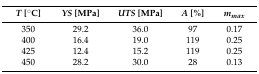
<table><thead><tr><td><b><i>T</i> [°C]</b></td><td><b><i>YS</i> [MPa]</b></td><td><b><i>UTS</i> [MPa]</b></td><td><b><i>A</i> [%]</b></td><td><b><i>m<sub>max</sub></i></b></td></tr></thead><tbody><tr><td>350</td><td>29.2</td><td>36.0</td><td>97</td><td>0.17</td></tr><tr><td>400</td><td>16.4</td><td>19.0</td><td>119</td><td>0.25</td></tr><tr><td>425</td><td>12.4</td><td>15.2</td><td>119</td><td>0.25</td></tr><tr><td>450</td><td>28.2</td><td>30.0</td><td>28</td><td>0.13</td></tr></tbody></table>